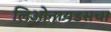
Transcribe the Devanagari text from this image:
लिओनायडसचा